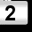
Digit: 2